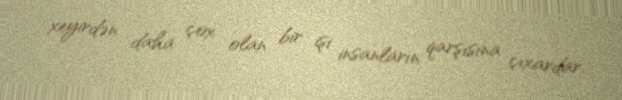
xeyirdən daha çox olan bir işi insanların qarşısına çıxardar.